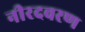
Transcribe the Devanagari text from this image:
नीरदवरण